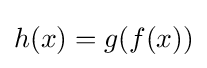
h(x)=g(f(x))